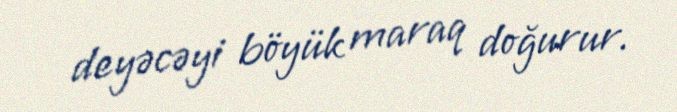
deyəcəyi böyük maraq doğurur.